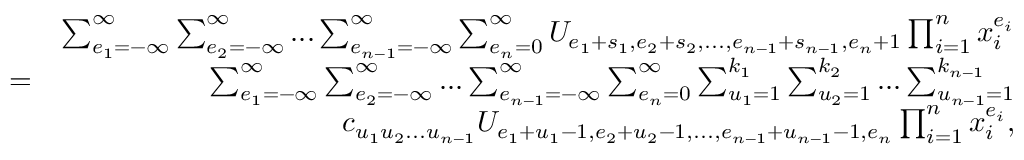
\begin{array} { r l r } & { } & { \sum _ { e _ { 1 } = - \infty } ^ { \infty } \sum _ { e _ { 2 } = - \infty } ^ { \infty } . . . \sum _ { e _ { n - 1 } = - \infty } ^ { \infty } \sum _ { e _ { n } = 0 } ^ { \infty } U _ { e _ { 1 } + s _ { 1 } , e _ { 2 } + s _ { 2 } , . . . , e _ { n - 1 } + s _ { n - 1 } , e _ { n } + 1 } \prod _ { i = 1 } ^ { n } x _ { i } ^ { e _ { i } } } \\ & { = } & { \sum _ { e _ { 1 } = - \infty } ^ { \infty } \sum _ { e _ { 2 } = - \infty } ^ { \infty } . . . \sum _ { e _ { n - 1 } = - \infty } ^ { \infty } \sum _ { e _ { n } = 0 } ^ { \infty } \sum _ { u _ { 1 } = 1 } ^ { k _ { 1 } } \sum _ { u _ { 2 } = 1 } ^ { k _ { 2 } } . . . \sum _ { u _ { n - 1 } = 1 } ^ { k _ { n - 1 } } } \\ & { } & { c _ { u _ { 1 } u _ { 2 } . . . u _ { n - 1 } } U _ { e _ { 1 } + u _ { 1 } - 1 , e _ { 2 } + u _ { 2 } - 1 , . . . , e _ { n - 1 } + u _ { n - 1 } - 1 , e _ { n } } \prod _ { i = 1 } ^ { n } x _ { i } ^ { e _ { i } } , } \end{array}